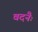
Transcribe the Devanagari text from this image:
वदनैः